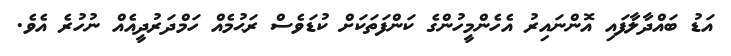
އަޑު ބައްދާލާފައި އޮންނައިރު އެހެންމީހުންގެ ކަންފަތަކަށް ކުޑަވެސް ރަޙުމެއް ހަމްދަރުދީއެއް ނުހުރެ އެވެ.